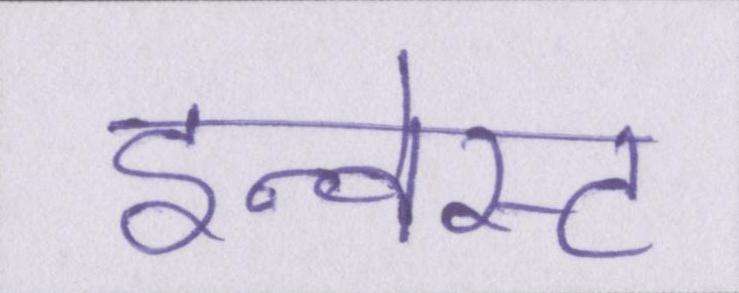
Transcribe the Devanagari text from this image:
इन्वेस्ट